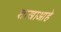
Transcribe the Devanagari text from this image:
शाखाआहे